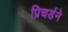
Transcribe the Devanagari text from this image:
प्रिचर्डने